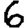
Digit: 6